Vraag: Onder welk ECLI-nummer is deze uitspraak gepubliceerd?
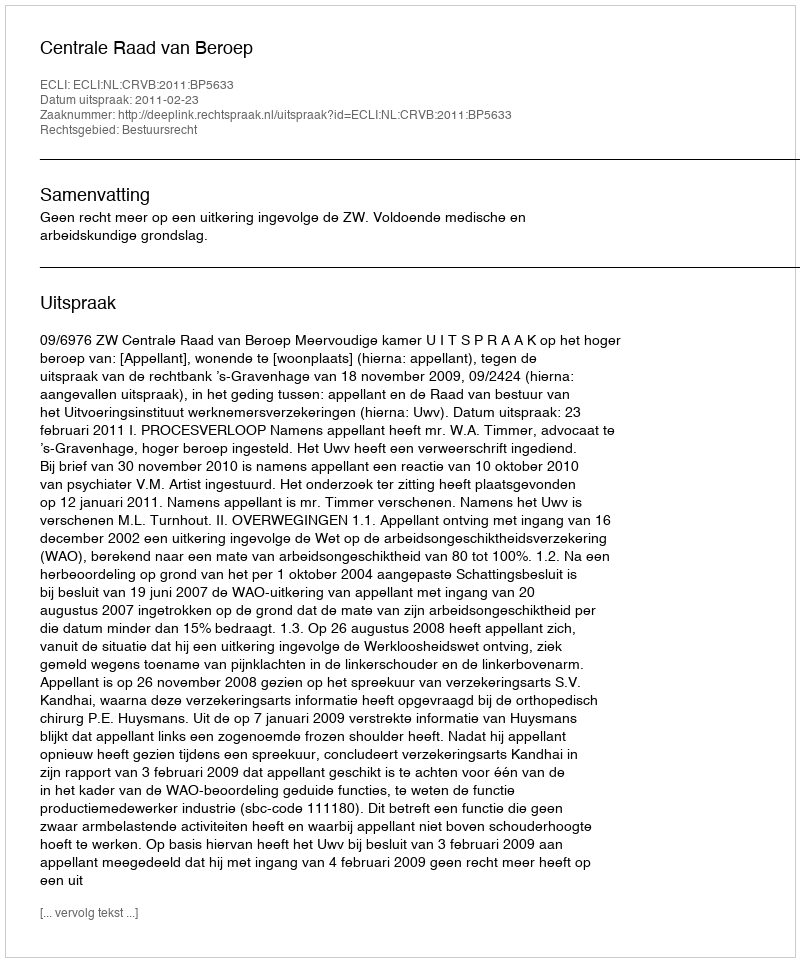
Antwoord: ECLI:NL:CRVB:2011:BP5633